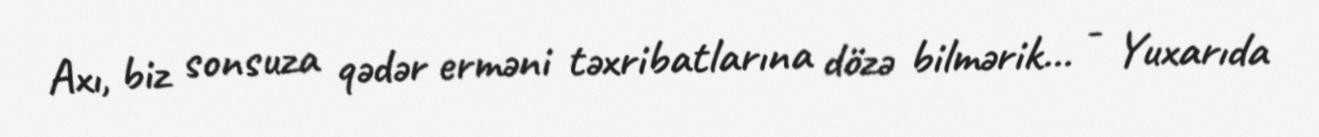
Axı, biz sonsuza qədər erməni təxribatlarına dözə bilmərik... - Yuxarıda